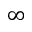
\infty